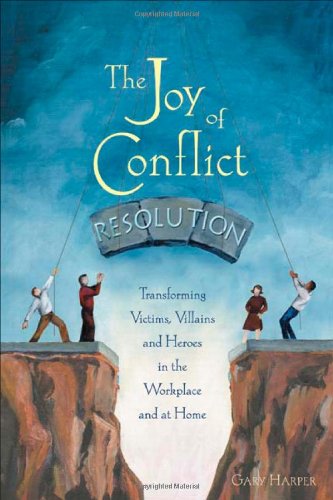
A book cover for The Joy of Conflict Resolution: Transforming Victims, Villains and Heroes in the Workplace and at Home; Gary Harper; Business & Money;